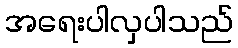
အရေးပါလှပါသည်